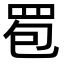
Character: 䍖